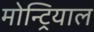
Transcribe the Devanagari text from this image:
मोन्ट्रियाल